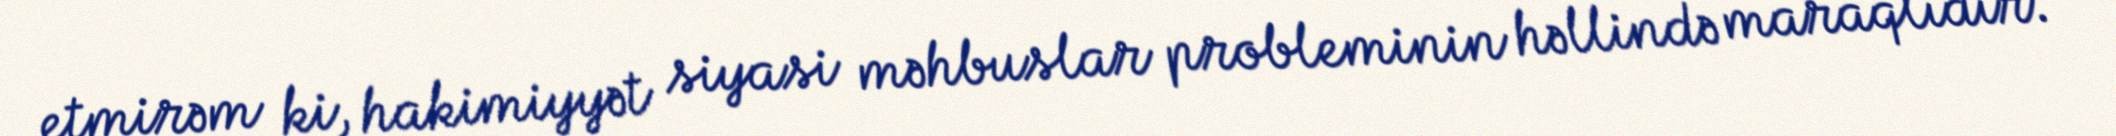
etmirəm ki, hakimiyyət siyasi məhbuslar probleminin həllində maraqlıdır.